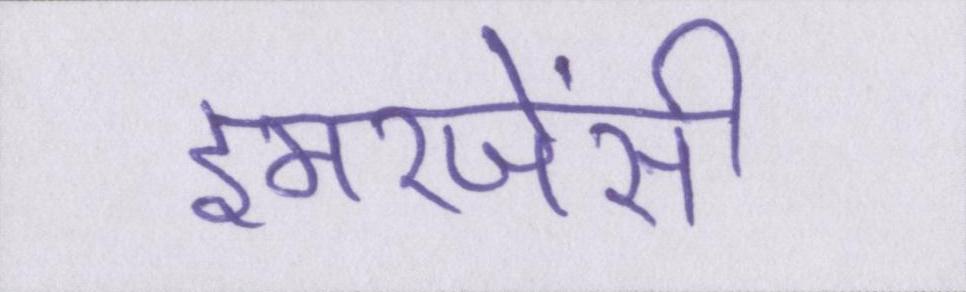
इमरजेंसी